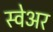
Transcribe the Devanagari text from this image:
स्वेअर